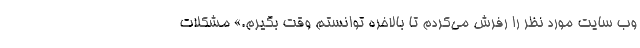
وب سایت مورد نظر را رفرش می‌کردم تا بالاخره توانستم وقت بگیرم.» مشکلات